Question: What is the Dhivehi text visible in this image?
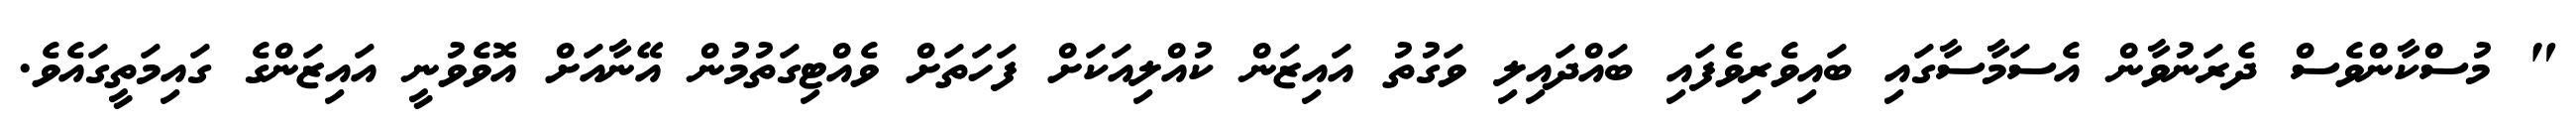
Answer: " މުސްކާންވެސް ދެރަނުވާން އެސަމާސާގައި ބައިވެރިވެފައި ބައްދައިލި ވަގުތު އައިޒަން ކުއްލިއަކަށް ފަހަތަށް ވެއްޓިގަތުމުން އޭނާއަށް އޮވެވުނީ އައިޒަންގެ ގައިމަތީގައެވެ.